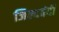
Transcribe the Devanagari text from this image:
जिल्दबंदी